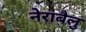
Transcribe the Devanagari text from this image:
नेराबैलु